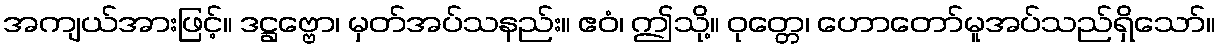
အကျယ်အားဖြင့်။ ဒဋ္ဌဗ္ဗော၊ မှတ်အပ်သနည်း။ ဧဝံ၊ ဤသို့။ ဝုတ္တေ၊ ဟောတော်မူအပ်သည်ရှိသော်။